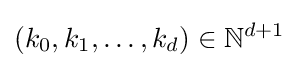
(k_{0},k_{1},\ldots ,k_{d})\in \mathbb {N} ^{d+1}